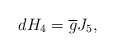
\begin{align*}dH_4 = \overline{g} J_5,\end{align*}